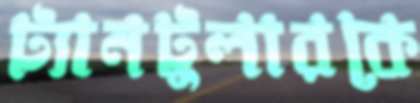
ট্যানটুলারকে